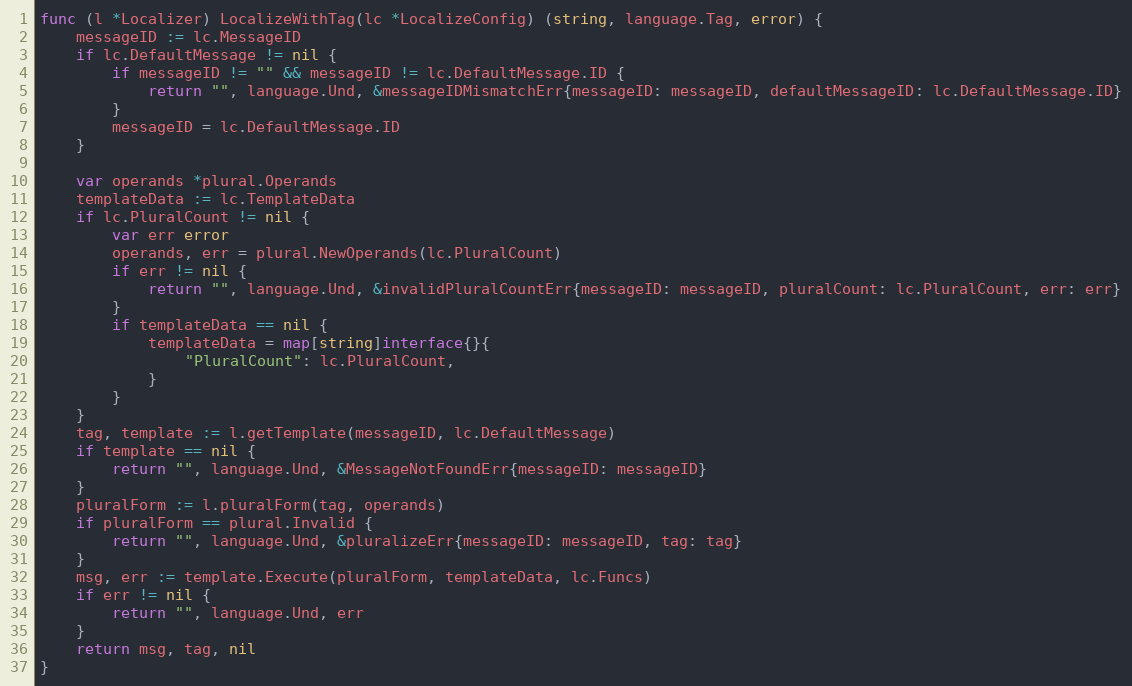
Language: Go
func (l *Localizer) LocalizeWithTag(lc *LocalizeConfig) (string, language.Tag, error) {
	messageID := lc.MessageID
	if lc.DefaultMessage != nil {
		if messageID != "" && messageID != lc.DefaultMessage.ID {
			return "", language.Und, &messageIDMismatchErr{messageID: messageID, defaultMessageID: lc.DefaultMessage.ID}
		}
		messageID = lc.DefaultMessage.ID
	}

	var operands *plural.Operands
	templateData := lc.TemplateData
	if lc.PluralCount != nil {
		var err error
		operands, err = plural.NewOperands(lc.PluralCount)
		if err != nil {
			return "", language.Und, &invalidPluralCountErr{messageID: messageID, pluralCount: lc.PluralCount, err: err}
		}
		if templateData == nil {
			templateData = map[string]interface{}{
				"PluralCount": lc.PluralCount,
			}
		}
	}
	tag, template := l.getTemplate(messageID, lc.DefaultMessage)
	if template == nil {
		return "", language.Und, &MessageNotFoundErr{messageID: messageID}
	}
	pluralForm := l.pluralForm(tag, operands)
	if pluralForm == plural.Invalid {
		return "", language.Und, &pluralizeErr{messageID: messageID, tag: tag}
	}
	msg, err := template.Execute(pluralForm, templateData, lc.Funcs)
	if err != nil {
		return "", language.Und, err
	}
	return msg, tag, nil
}